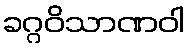
ခဂ္ဂဝိသာဏဝါ